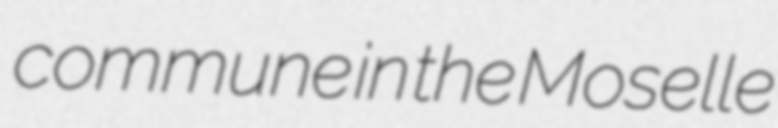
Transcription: commune in the Moselle